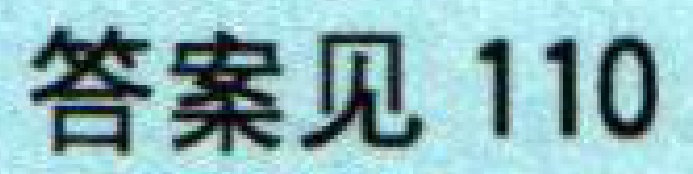
答案见 110